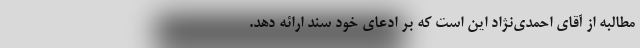
مطالبه از آقای احمدی‌نژاد این است که بر ادعای خود سند ارائه دهد.